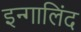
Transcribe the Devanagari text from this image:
इन्गालिंद